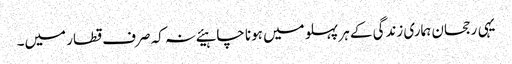
یہی رجحان ہماری زندگی کے ہر پہلو میں ہونا چاہیئے نہ کہ صرف قطار میں۔